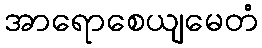
အာရောစေယျမေတံ